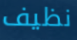
نظيف